Eesti_Noorsoo_Kasvatuse_Selts, lk 6
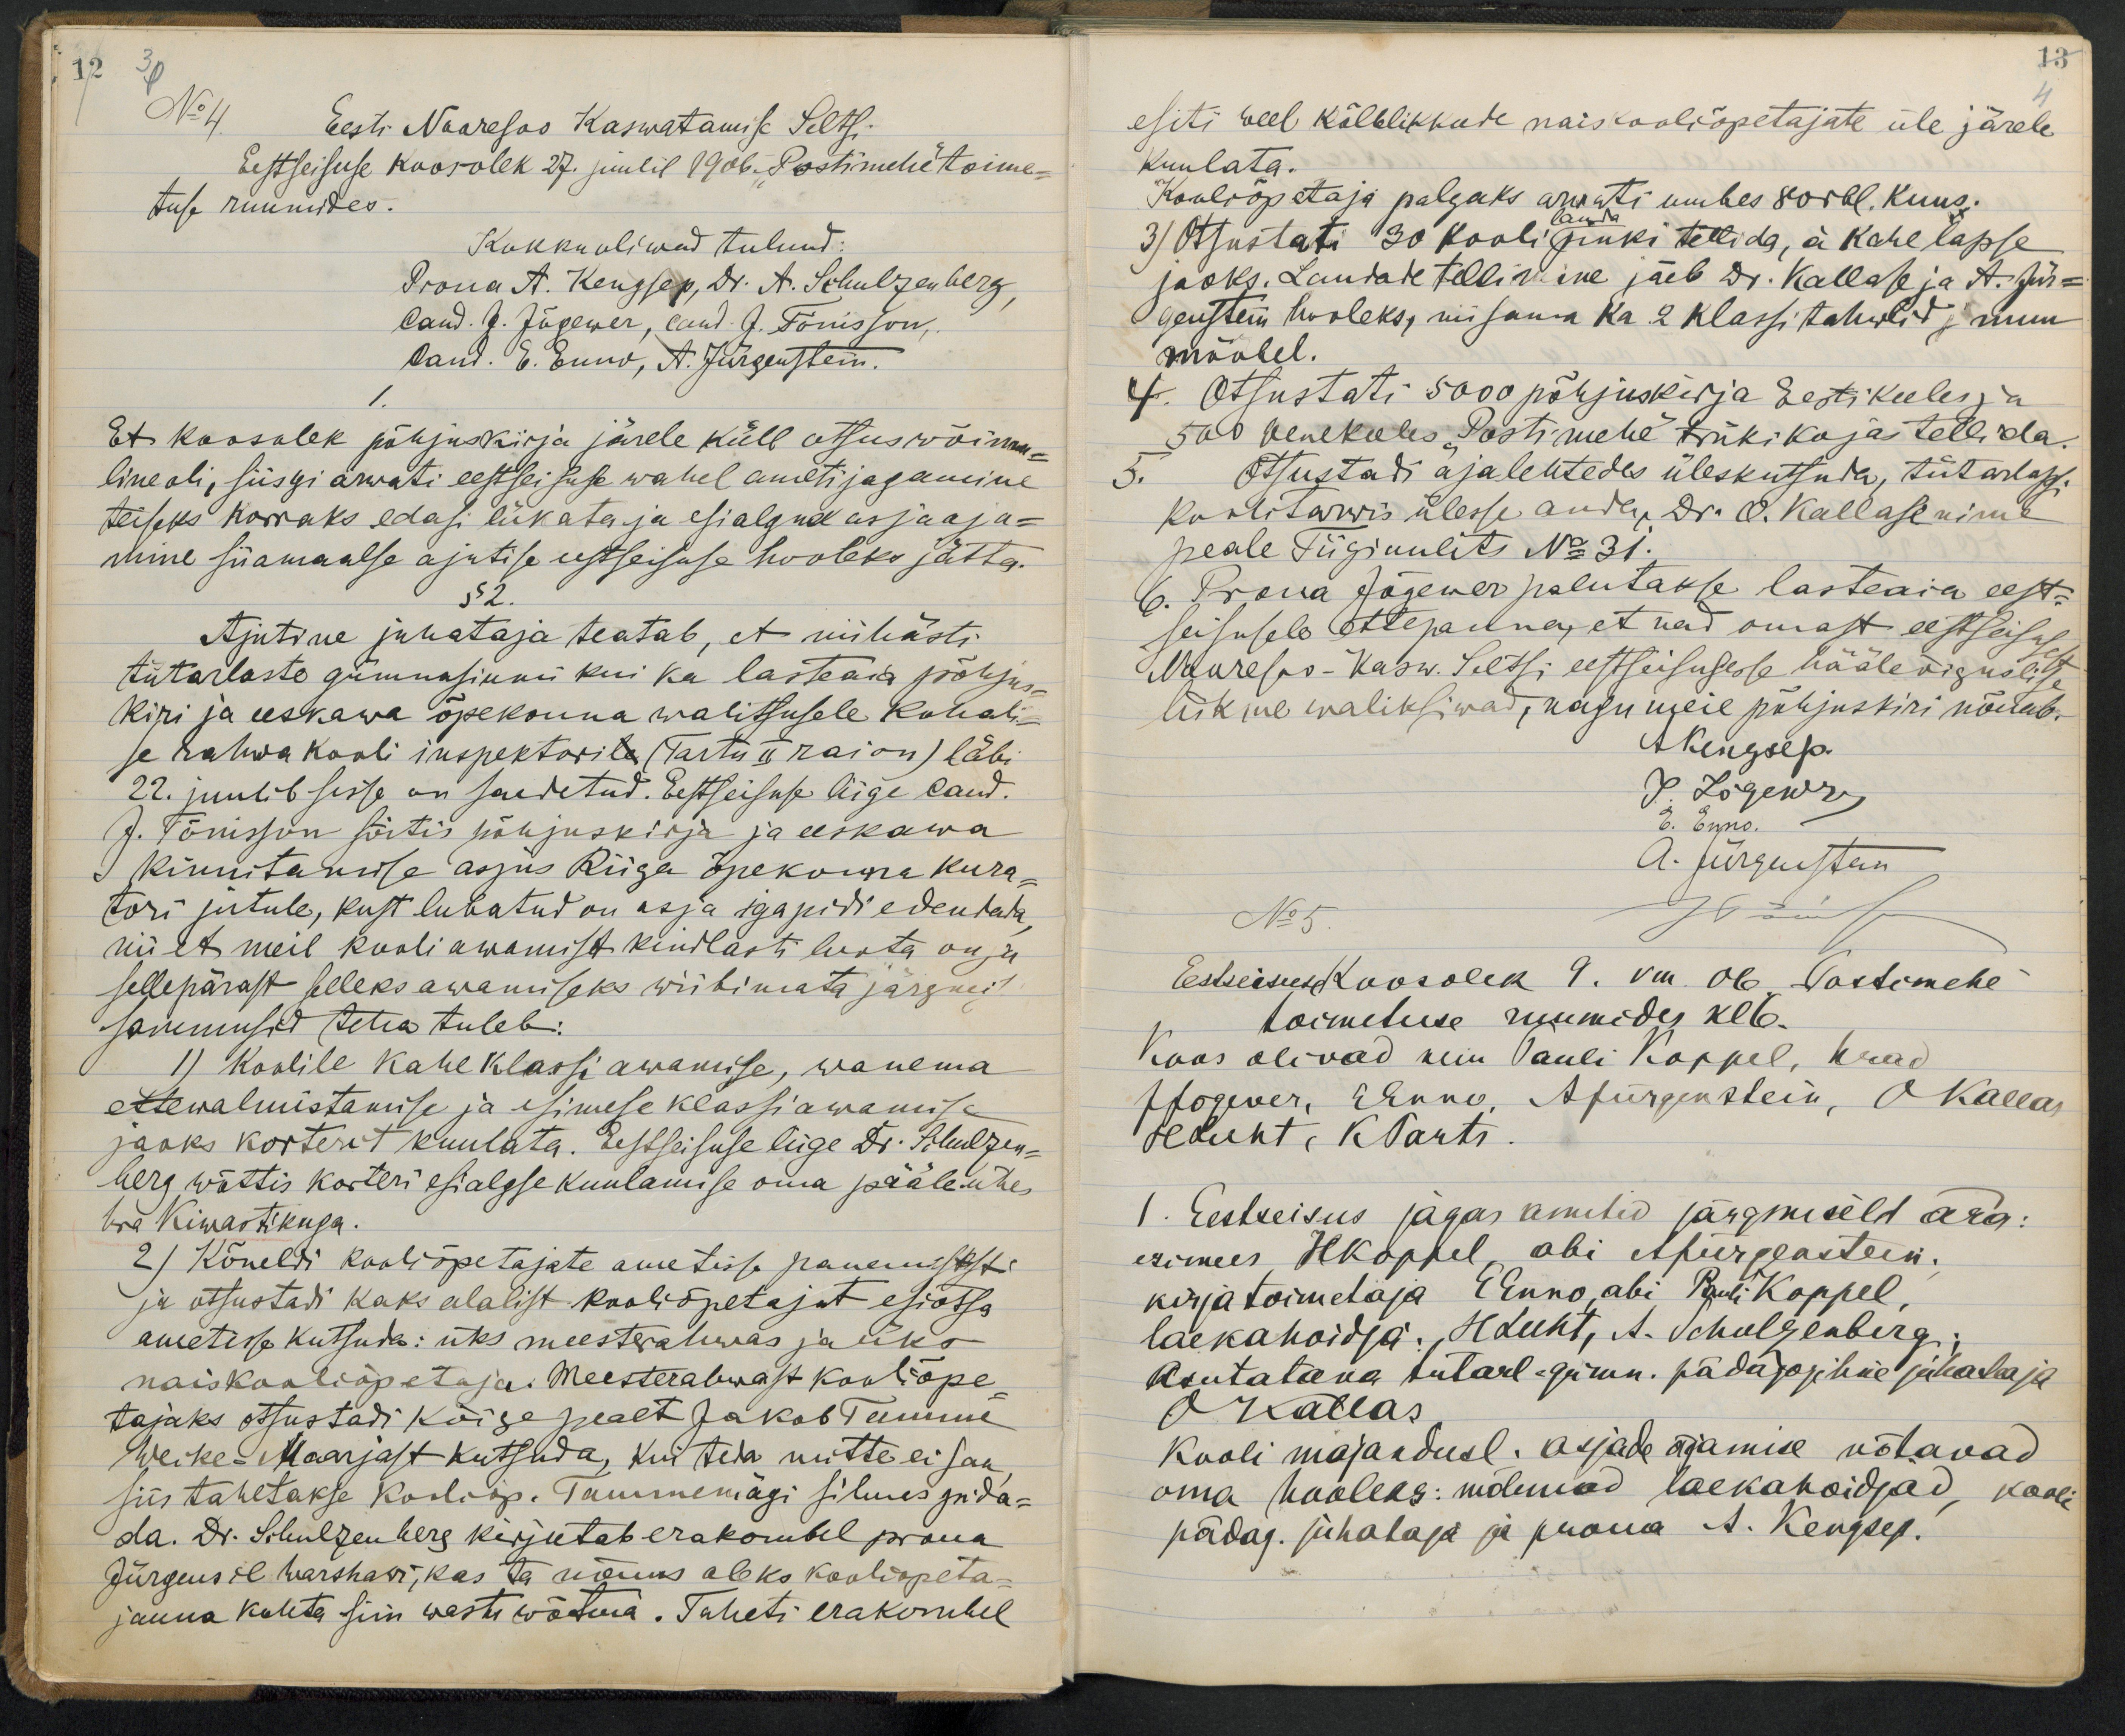
Eesti Naaresos Kaswatamise Selts.Eestseisuse koosolek 27. juulil 1906Postimehi toime-tuse ruumides.Et koosulek põhjuskirja järele küll otsusvvõimu-line oli, siisgi arwati eestseisuse wahel ametijagamineteiseks horraks edagi lukata ja esialgud asjaaja-ulime siiamaalse ajutise ustseisuse hooleks jätta.§52.Ajutrne juhataja teatab, et riihastitütarlaste gumnasiunii kui ka lasteäk sõõhjus-Kiri ja eestawa õpekõnna walitsusele kohali-se hahwa kooli ispektorila (tartu ü raion) läbi22. juulibsesse on saudetud. Eestseisuse lige laud.G. Tõnisson sõitis põhjuskirja ja eeskawakinnitanise asjus Riiga õpekoima kura-tori jutule, kust lubatud on asja igapidi edentatanii et meil kooli awamist kindlasti luota on,  sisellepärast seleks awamiseks wiibimata järgneitjammusid teha tuleb:1) Koolile kaheklassi awamise, wanemaettevalmistamise ja esimese klassiawamisejaoks korterit kuulata. Lestseisuse liige Dr. Sihulzen-berg wõttis korteri esialgse kuulamise oma pääle ühesbra kiwastikuga.2) Kõneldi kooliõpetajate ametisse panemisst.ja otsustadi kaks alalist kooliõpetajat esiotsaametikse kutsuda: üks meesterahwas jaliksnaiskooliõpetaja. Meesterahwast konliõpe.tajaks otsustadi kõige pealt Jakab TeemmeWeike-Maarjast kutsuda, kui teda mitte ei saasiis tahetakse Kooloop. Tammemagi silmes pida-da. Dr. Sihulgen herg kirjutab erakombel prouaJürgesil warshasi, kas ta rõuus aleks kooliopeta-jauna koleta siin wasti wõdma. Täheti erakombel

esiti weel kõlblikkude naiskooliõpetajate üle järeleKuulata.Konloõpetaja palgaks arrati umbes soibl. Kuus3) Otsustati 1/30 kooliginki tellida, ai kahe lapsejooks. Laudade tellimine jäeb 3r. Kallase ja A-Jr-Õgenttemn hooleks, niisama ka 2 klassi tahwlid j miiumööhel.e Otsustati 5000 põhjuskirja Eesti keelesjasao venekeles Postimehe trükikaja tellida.Õtsustadi ajalehtedes üleskuttuda, tütarlap.koolisarwis ülesse anda, Dr. O. Kallasenimepeale Sügiuulits No 31.6. Rrara Jõgener palutakse lasteaia eestsasusele Ettepaina, et nad omast eestleisulNauresoo-Kasw. Seltsi eestseisusesse hääleviguslidlüikme waliksiwad, nagu meie põhjuskiri nõitub.Estseisusdtoosolik 9. vin ob Vostimehehoimetuse ruumide, kel-1. Esteeisus jagas amutid järgmiselt ärg:esimees Hkophel, abi Apurgeastein.kirjatoimetaja Pinnoabi Ruli Koppellaekahoidja. Hduht, A. TchulgenbergiAsutatana tülarl -gimn. pädajojihiid juhadajaJHallasKooli majanduse. asjade äjamise võtavadoma hooleks: mõlemad laekahoidjad, koolpädag. juhataja ja poona A. Kengsep.